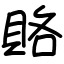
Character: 賂